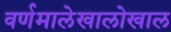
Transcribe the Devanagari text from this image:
वर्णमालेखालोखाल